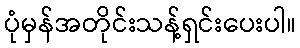
ပုံမှန်အတိုင်းသန့်ရှင်းပေးပါ။